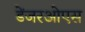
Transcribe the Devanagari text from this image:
डेंजरओएस